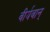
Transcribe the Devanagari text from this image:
वीर्यवान्‌